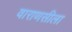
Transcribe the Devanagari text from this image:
वाराणसीला